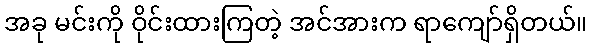
အခု မင်းကို ဝိုင်းထားကြတဲ့ အင်အားက ရာကျော်ရှိတယ်။